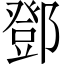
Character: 鄧